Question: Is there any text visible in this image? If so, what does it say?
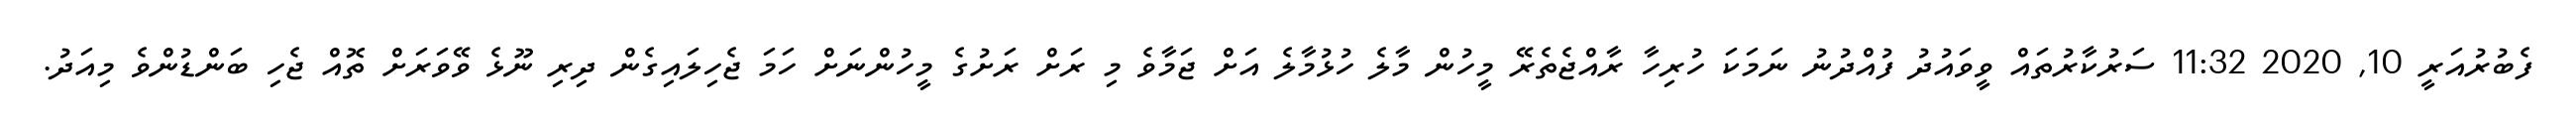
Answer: ފެބުރުއަރީ 10, 2020 11:32 ސަރުކާރުތައް ވީވައުދު ފުއްދުނު ނަމަކަ ހުރިހާ ރާއްޖެތެރޭ މީހުން މާލެ ހުޅުމާލެ އަށް ޖަމާވެ މި ރަށް ރަށުގެ މީހުންނަށް ހަމަ ޖެހިލައިގެން ދިރި ނޫޅެ ވޭވަރަށް ތޮއް ޖެހި ބަންޑުންވެ މިއަދު.